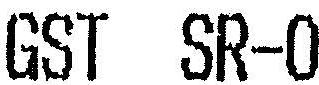
GST SR-0